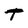
Character: t